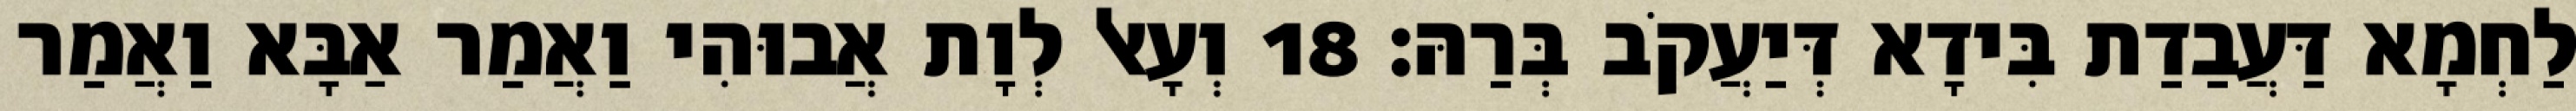
לַחְמָא דַּעֲבַדַת בִּידָא דְּיַעֲקֹב בְּרַהּ׃ 18 וְעָאל לְוָת אֲבוּהִי וַאֲמַר אַבָּא וַאֲמַר